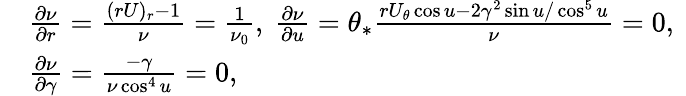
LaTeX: \begin{array}{rl}&{\frac{\partial\nu}{\partial r}=\frac{(rU)_{r}-1}{\nu}=\frac{1}{\nu_{0}},\ \frac{\partial\nu}{\partial u}=\theta_{*}\frac{rU_{\theta}\cos u-2\gamma^{2}\sin u/\cos^{5}u}{\nu}=0,\ }\\ &{\frac{\partial\nu}{\partial\gamma}=\frac{-\gamma}{\nu\cos^{4}u}=0,}\end{array}